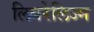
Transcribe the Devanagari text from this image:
लिबरेलिज्म